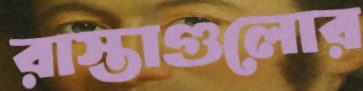
রাস্তাগুলোর